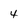
Character: 4